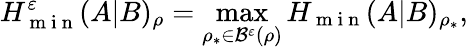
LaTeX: H_{\mathrm{~m~i~n~}}^{\varepsilon}(A|B)_{\rho}=\operatorname*{max}_{\rho_{\ast}\in\mathcal{B}^{\varepsilon}(\rho)}H_{\mathrm{~m~i~n~}}(A|B)_{\rho_{\ast}},